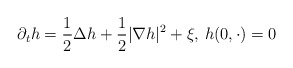
\begin{align*}\partial_t h=\frac{1}{2}\Delta h+\frac{1}{2}|\nabla h|^2+\xi,\,h(0,\cdot)=0\end{align*}